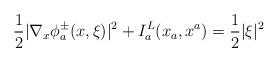
LaTeX: \begin{align*}\frac{1}{2}|\nabla_{x}\phi_{a}^\pm(x,\xi)|^2+I^L_{a}(x_a,x^a)=\frac{1}{2}|\xi|^2\end{align*}